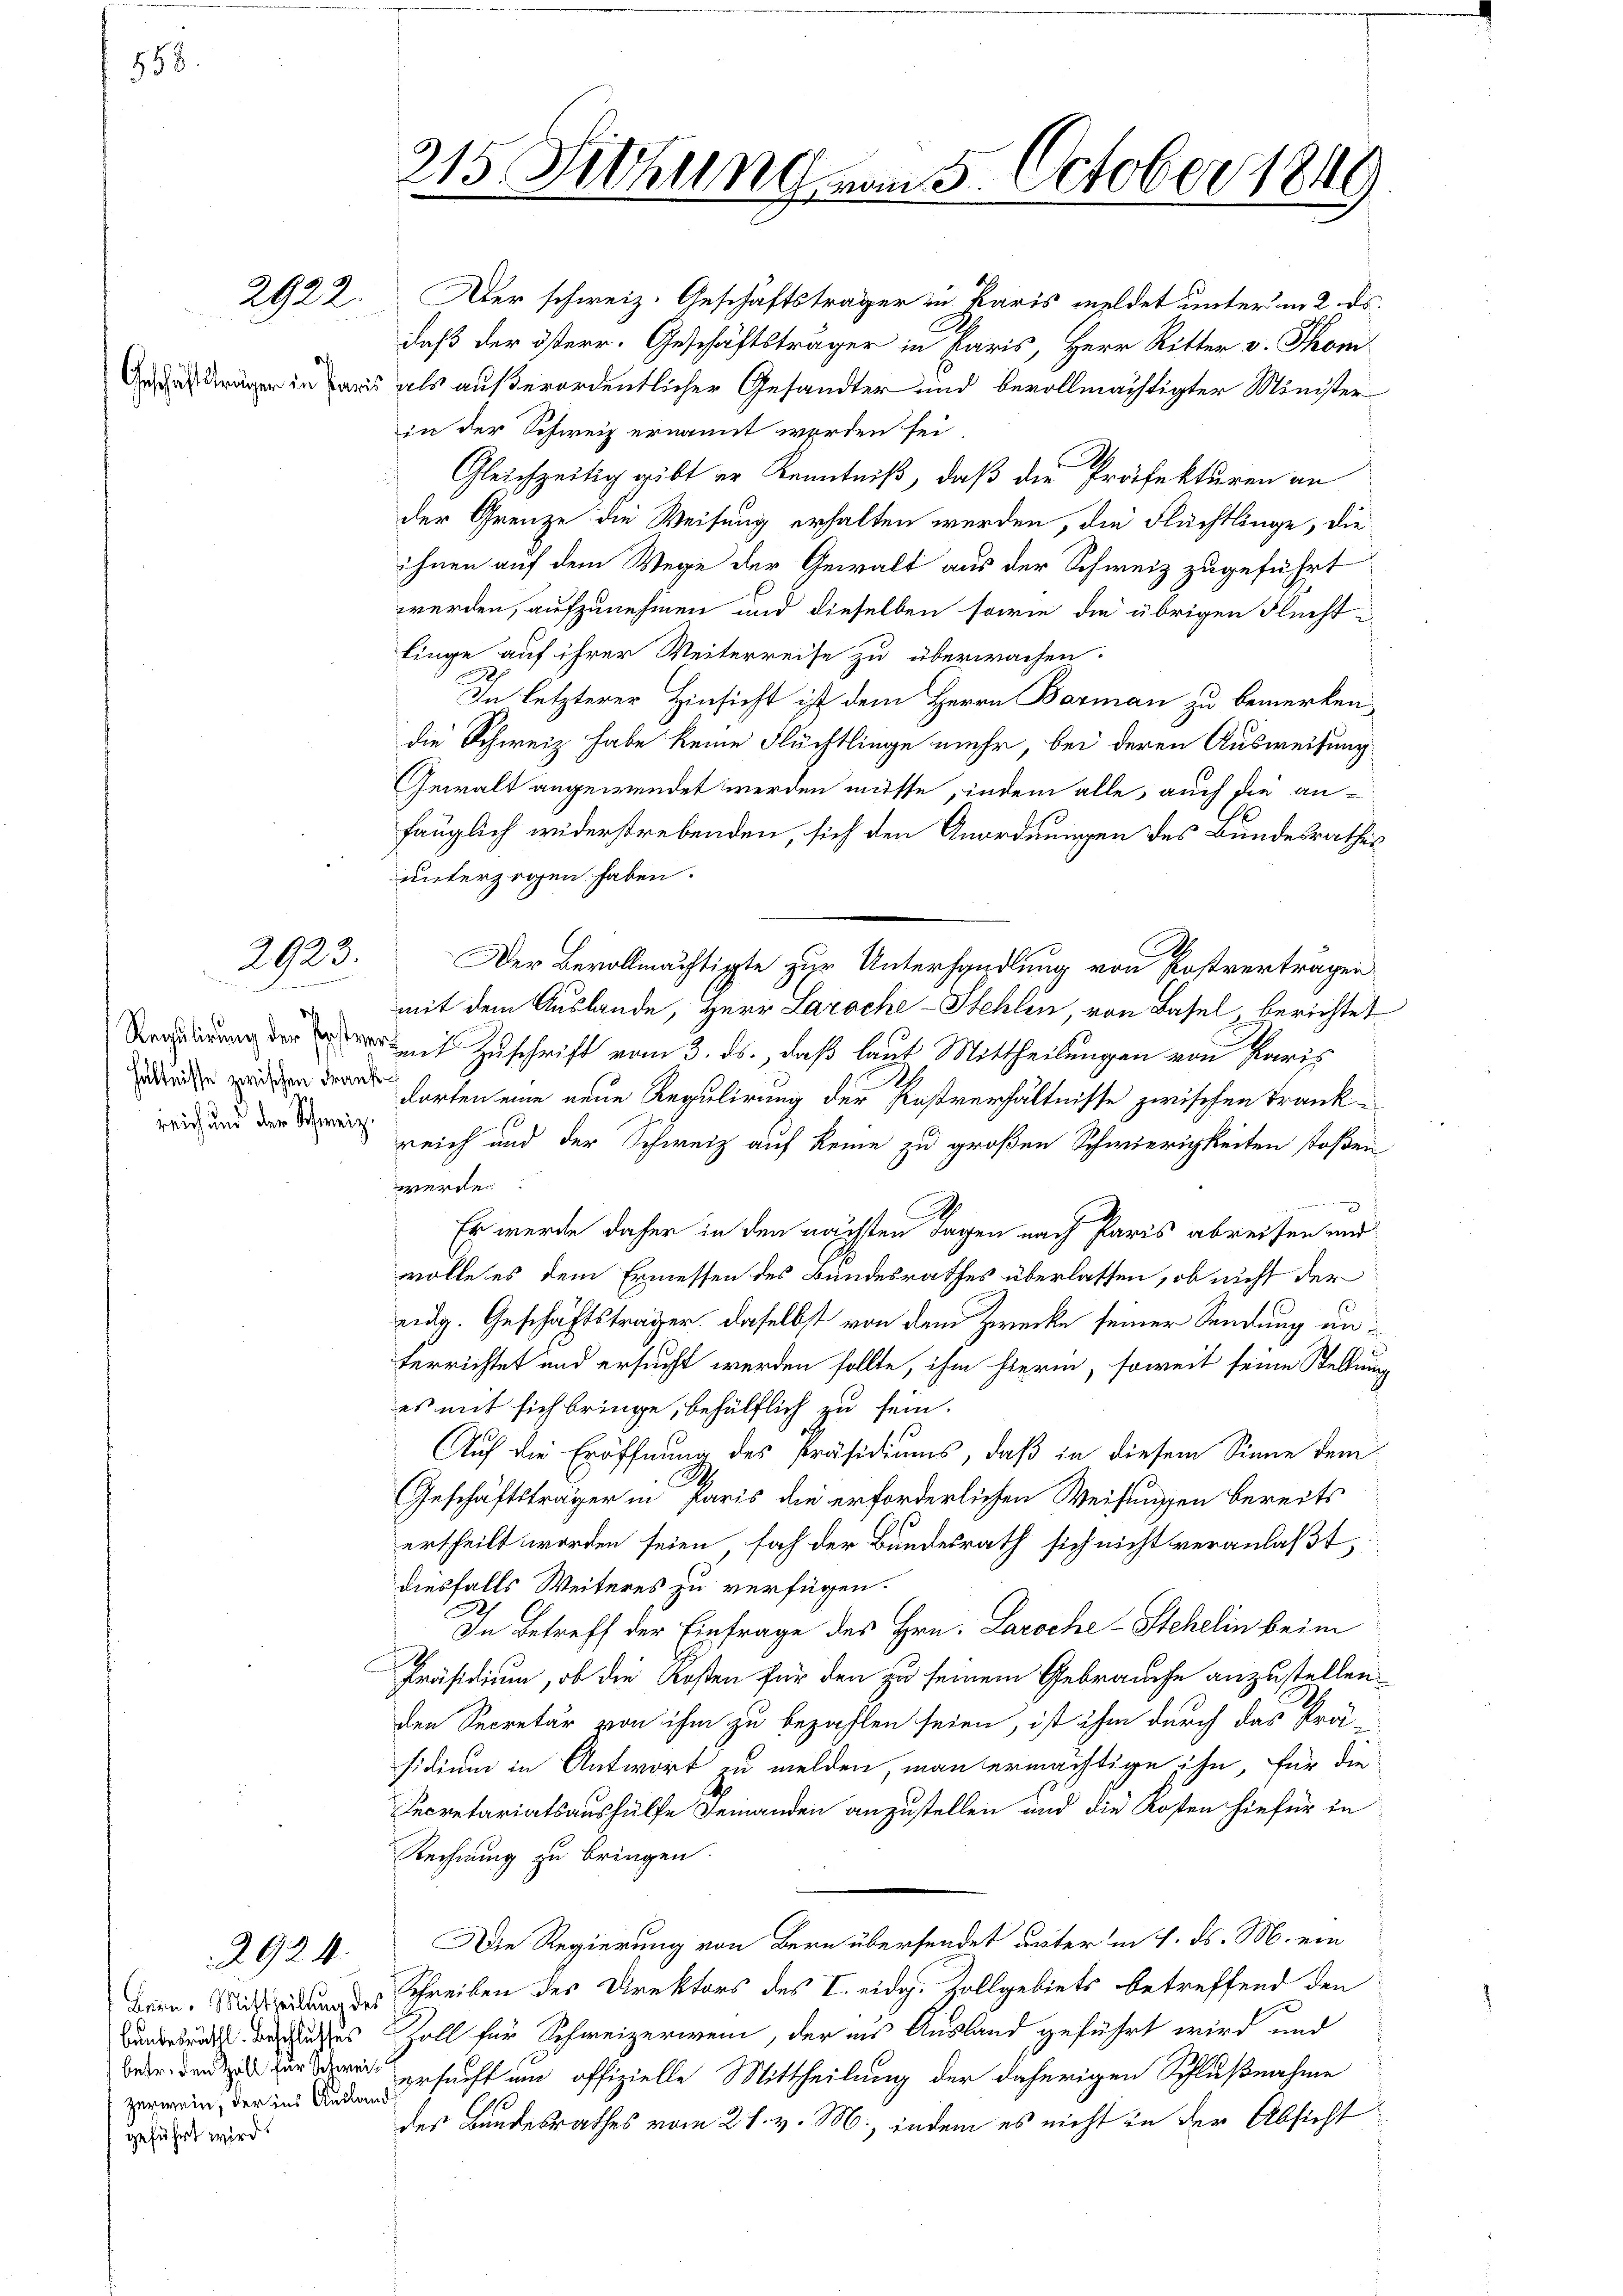
558.

Regulirung der Post

2922.

2923.
D

zerwein, der ins Ausland
geführt wird.

2924.

Aber schweiz. Geschäftsträger in Paris meldet unter in 2. ds.
daß der österr. Geschäftsträger in Paris, Herr Ritter v. Thom
rger in aus als außerordentlicher Gesandter und bevollmächtigter Minister
in der Schweiz ernannt werden sei
Gleichzeitig gibt er Kenntniß, daß die Präfekturen an
der Grenze die Weisung erhalten werden, die Flüchtlinge, die
ihnen auf dem Wege der Gewalt aus der Schweiz zugeführt
werden, aufzunehmen und dieselben sowie die übrigen Fluchtlinge auf ihrer Weiterreise zu überwachen.
In letzterer Hinsicht ist dem Herrn Barman zu bemerken
die Schweiz habe keine Flüchtlinge mehr, bei deren Ausweisung
Gewalt angewendet werden müsse, indem alle, auch die anfänglich widerstrebenden, sich den Anordnungen des Bundesrathes
unterzogen haben.
Der Bevollmächtigte zur Unterhandlung von Postverträgen
mit dem Auslande, Herr Laroche Stehlen, von Basel, berichtet
d mit Zuschrift vom 3. ds., daß laut Mittheilungen von Paris
 in der harten eine neue Regulirung der Postverhältnisse zwischen Trank¬
 und der in Leich und der Schweiz auf keine zu großen Schwierigkeiten stoßen
werde
.
Er werde daher in den nächsten Tagen nach Paris abreisen und
wolle es dem Ermessen des Bundesrathes überlassen, ob nicht der
eidg. Geschäftsträger, daselbst von dem Zwecke seiner Sendung unterrichtet und ersucht werden sollte, ihm hierin, soweit seine Stellung
es mit sich bringe, behülflich zu sein.
Auf die Eröffnung des Präsidiums, daß in diesem Sinne dem
.
Geschäftsträger in Paris die erforderlichen Weisungen bereits
ertheilt worden seien, sah der Bundesrath sich nicht veranlaßt,
diesfalls Weiteres zu verfügen.
In Betreff der Einfrage des Hrn. Laroche - Stehelin beim
Präsidium, ob die Kosten für den zu seinem Gebrauche anzustellen.
den Secretär von ihm zu bezahlen seien, ist ihm durch das Prä
sidium in Antwort zu melden, man ermächtige ihn, für die
Secretariatsaushülfe seinanden anzustellen und die Kosten hiefür in
Rechnung zu bringen.
Die Regierung von Bern übersendet unter in 1. ds. M. ein
Bern des Schreiben des Direktors des I. eidg. Zollgebiets betreffend den
Bundesrath besuches Zoll für Schweizerwein, der aus Ausland geführt wird und
 ersucht um offizielle Mittheilung der daherigen Schlußnahme
des Bandesrathes vom 27. v. M., indem es nicht in der Absicht

215. Sitzung vom 5. October 1849